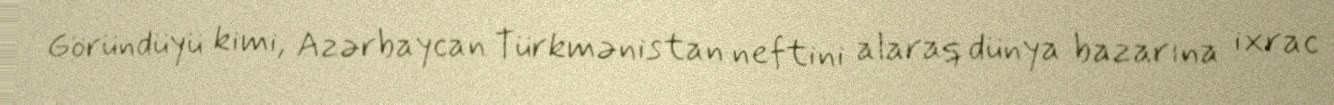
Göründüyü kimi, Azərbaycan Türkmənistan neftini alaraq dünya bazarına ixrac